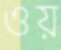
ওয়